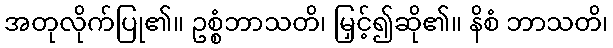
အတုလိုက်ပြု၏။ ဥစ္စံဘာသတိ၊ မြှင့်၍ဆို၏။ နိစံ ဘာသတိ၊